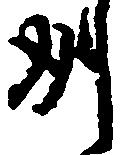
州